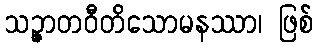
သဉ္ဇာတဝီတိသောမနဿာ၊ ဖြစ်